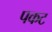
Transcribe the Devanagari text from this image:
पकट